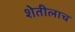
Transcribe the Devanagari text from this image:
शेतीलाच